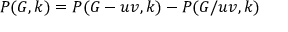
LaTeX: P ( G , k ) = P ( G - u v , k ) - P ( G / u v , k )